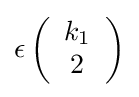
\epsilon \left({\begin{array}{c}k_{1}\\2\\\end{array}}\right)